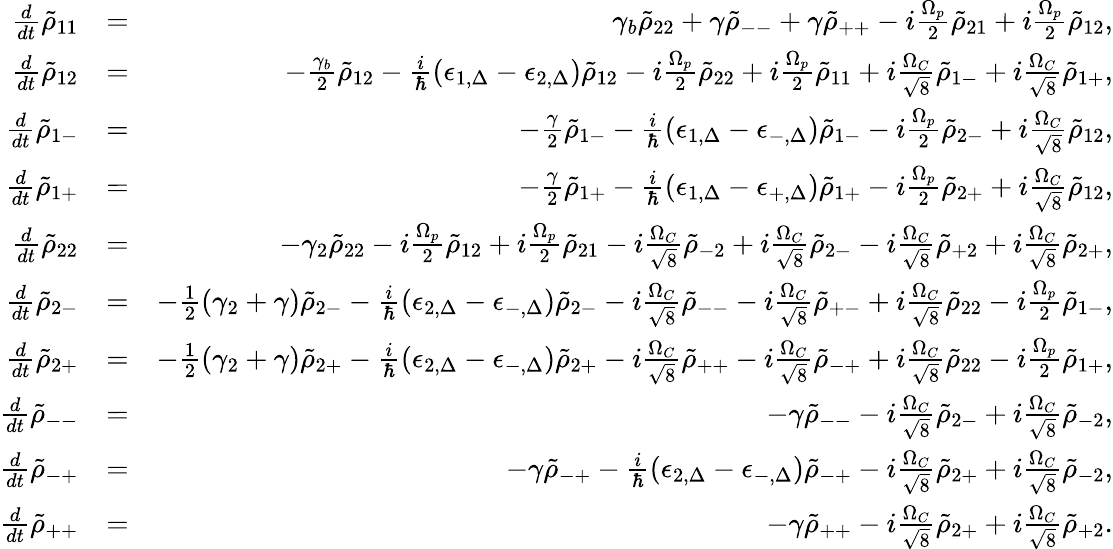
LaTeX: \begin{array}{rlr}{\frac{d}{dt}\tilde{\rho}_{11}}&{=}&{\gamma_{b}\tilde{\rho}_{22}+\gamma\tilde{\rho}_{--}+\gamma\tilde{\rho}_{++}-i\frac{\Omega_{p}}{2}\tilde{\rho}_{21}+i\frac{\Omega_{p}}{2}\tilde{\rho}_{12},}\\ {\frac{d}{dt}\tilde{\rho}_{12}}&{=}&{-\frac{\gamma_{b}}{2}\tilde{\rho}_{12}-\frac{i}{\hbar}\left(\epsilon_{1,\Delta}-\epsilon_{2,\Delta}\right)\tilde{\rho}_{12}-i\frac{\Omega_{p}}{2}\tilde{\rho}_{22}+i\frac{\Omega_{p}}{2}\tilde{\rho}_{11}+i\frac{\Omega_{C}}{\sqrt{8}}\tilde{\rho}_{1-}+i\frac{\Omega_{C}}{\sqrt{8}}\tilde{\rho}_{1+},}\\ {\frac{d}{dt}\tilde{\rho}_{1-}}&{=}&{-\frac{\gamma}{2}\tilde{\rho}_{1-}-\frac{i}{\hbar}\left(\epsilon_{1,\Delta}-\epsilon_{-,\Delta}\right)\tilde{\rho}_{1-}-i\frac{\Omega_{p}}{2}\tilde{\rho}_{2-}+i\frac{\Omega_{C}}{\sqrt{8}}\tilde{\rho}_{12},}\\ {\frac{d}{dt}\tilde{\rho}_{1+}}&{=}&{-\frac{\gamma}{2}\tilde{\rho}_{1+}-\frac{i}{\hbar}\left(\epsilon_{1,\Delta}-\epsilon_{+,\Delta}\right)\tilde{\rho}_{1+}-i\frac{\Omega_{p}}{2}\tilde{\rho}_{2+}+i\frac{\Omega_{C}}{\sqrt{8}}\tilde{\rho}_{12},}\\ {\frac{d}{dt}\tilde{\rho}_{22}}&{=}&{-\gamma_{2}\tilde{\rho}_{22}-i\frac{\Omega_{p}}{2}\tilde{\rho}_{12}+i\frac{\Omega_{p}}{2}\tilde{\rho}_{21}-i\frac{\Omega_{C}}{\sqrt{8}}\tilde{\rho}_{-2}+i\frac{\Omega_{C}}{\sqrt{8}}\tilde{\rho}_{2-}-i\frac{\Omega_{C}}{\sqrt{8}}\tilde{\rho}_{+2}+i\frac{\Omega_{C}}{\sqrt{8}}\tilde{\rho}_{2+},}\\ {\frac{d}{dt}\tilde{\rho}_{2-}}&{=}&{-\frac{1}2(\gamma_{2}+\gamma)\tilde{\rho}_{2-}-\frac{i}{\hbar}\left(\epsilon_{2,\Delta}-\epsilon_{-,\Delta}\right)\tilde{\rho}_{2-}-i\frac{\Omega_{C}}{\sqrt{8}}\tilde{\rho}_{--}-i\frac{\Omega_{C}}{\sqrt{8}}\tilde{\rho}_{+-}+i\frac{\Omega_{C}}{\sqrt{8}}\tilde{\rho}_{22}-i\frac{\Omega_{p}}{2}\tilde{\rho}_{1-},}\\ {\frac{d}{dt}\tilde{\rho}_{2+}}&{=}&{-\frac{1}2(\gamma_{2}+\gamma)\tilde{\rho}_{2+}-\frac{i}{\hbar}\left(\epsilon_{2,\Delta}-\epsilon_{-,\Delta}\right)\tilde{\rho}_{2+}-i\frac{\Omega_{C}}{\sqrt{8}}\tilde{\rho}_{++}-i\frac{\Omega_{C}}{\sqrt{8}}\tilde{\rho}_{-+}+i\frac{\Omega_{C}}{\sqrt{8}}\tilde{\rho}_{22}-i\frac{\Omega_{p}}{2}\tilde{\rho}_{1+},}\\ {\frac{d}{dt}\tilde{\rho}_{--}}&{=}&{-\gamma\tilde{\rho}_{--}-i\frac{\Omega_{C}}{\sqrt{8}}\tilde{\rho}_{2-}+i\frac{\Omega_{C}}{\sqrt{8}}\tilde{\rho}_{-2},}\\ {\frac{d}{dt}\tilde{\rho}_{-+}}&{=}&{-\gamma\tilde{\rho}_{-+}-\frac{i}{\hbar}\left(\epsilon_{2,\Delta}-\epsilon_{-,\Delta}\right)\tilde{\rho}_{-+}-i\frac{\Omega_{C}}{\sqrt{8}}\tilde{\rho}_{2+}+i\frac{\Omega_{C}}{\sqrt{8}}\tilde{\rho}_{-2},}\\ {\frac{d}{dt}\tilde{\rho}_{++}}&{=}&{-\gamma\tilde{\rho}_{++}-i\frac{\Omega_{C}}{\sqrt{8}}\tilde{\rho}_{2+}+i\frac{\Omega_{C}}{\sqrt{8}}\tilde{\rho}_{+2}.}\end{array}